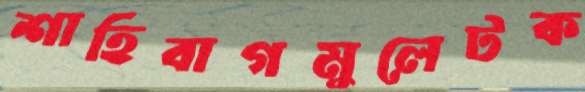
শাহিবাগমুলেটক